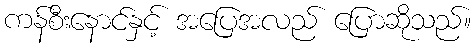
ကန်စီးနောင်နှင့် အပြေအလည် ပြောဆိုသည်။